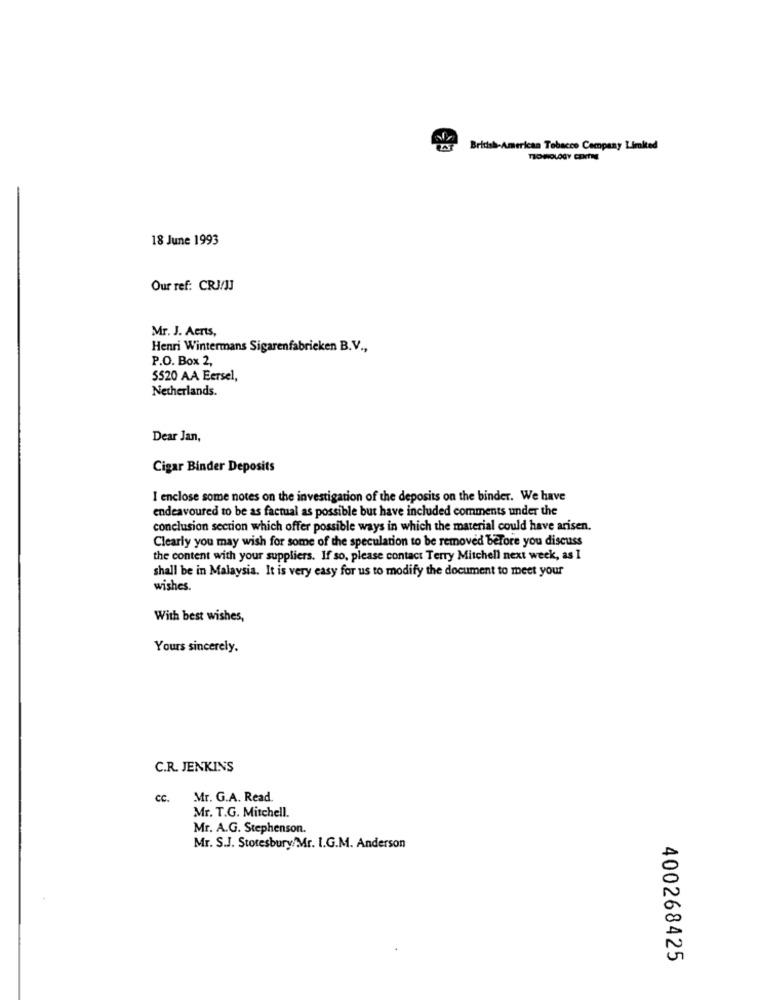
British-American Tobacco Company Limited
TECHNOLOGY CENTRE
18 June 1993
Our ref: CRJ/JJ
Mr. J. Aerts,
Henri Wintermans Sigarenfabrieken B.V .,
P.O. Box 2,
5520 AA Eersel,
Netherlands.
Dear Jan,
Cigar Binder Deposits
I enclose some notes on the investigation of the deposits on the binder. We have
endeavoured to be as factual as possible but have included comments under the
conclusion section which offer possible ways in which the material could have arisen.
Clearly you may wish for some of the speculation to be removed before you discuss
the content with your suppliers. If so, please contact Terry Mitchell next week, as I
shall be in Malaysia. It is very easy for us to modify the document to meet your
wishes.
With best wishes,
Yours sincerely.
C.R. JENKINS
cc.
Mr. G.A. Read.
Mr. T.G. Mitchell.
Mr. A.G. Stephenson.
Mr. S.J. Stotesbury/Mr. I.G.M. Anderson
400268425